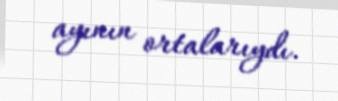
ayının ortalarıydı.